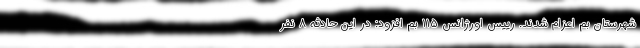
شهرستان بم اعزام شدند. رییس اورژانس ۱۱۵ بم افزود: در این حادثه ۸ نفر